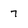
Character: 7